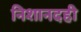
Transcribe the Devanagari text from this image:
निशानदही